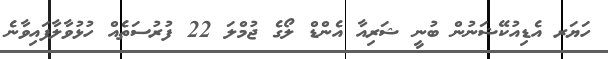
ހަޔަރ އެޑިއުކޭޝަނުން ބުނީ ޝަރިއާ އެންޑް ލޯގެ ޖުމްލަ 22 ފުރުސަތެއް ހުޅުވާލާފައިވާނެ